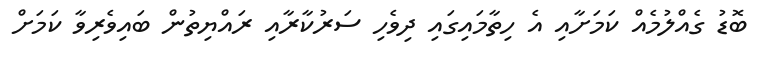
ބޮޑު ގެއްލުމެއް ކަމަށާއި އެ ހިތާމައިގައި ދިވެހި ސަރުކާރާއި ރައްޔިތުން ބައިވެރިވާ ކަމަށް